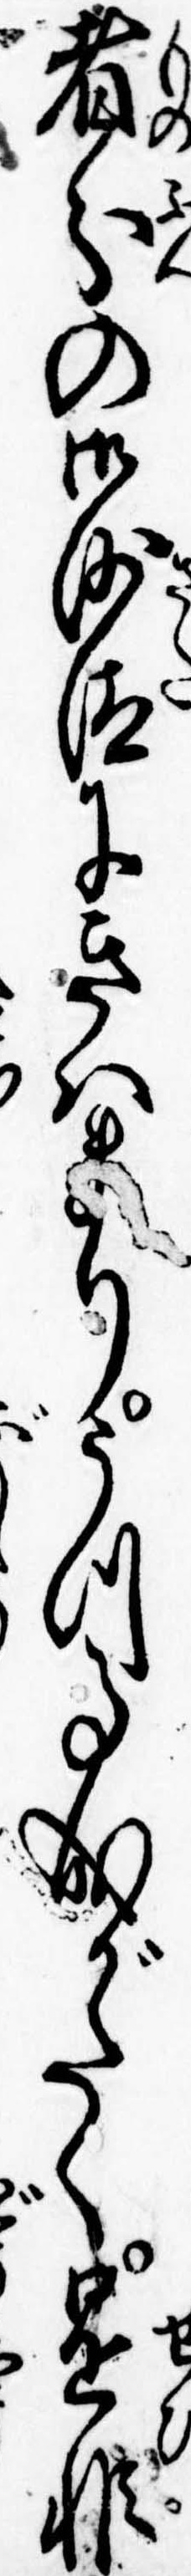
者分の御沙汰にきはまりうつ事成がたく是非